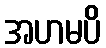
အဟမပိ